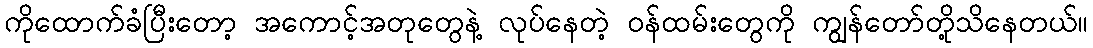
ကိုထောက်ခံပြီးတော့ အကောင့်အတုတွေနဲ့ လုပ်နေတဲ့ ၀န်ထမ်းတွေကို ကျွန်တော်တို့သိနေတယ်။